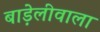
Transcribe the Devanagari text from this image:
बाड़ेलीवाला